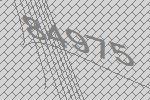
84975